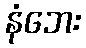
နံဘေး